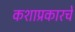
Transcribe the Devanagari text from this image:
कशाप्रकारचे